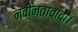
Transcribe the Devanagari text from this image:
नवीनतावादी।